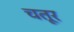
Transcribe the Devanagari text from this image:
चतूर